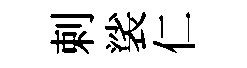
剌裟仁